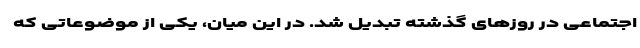
اجتماعی در روزهای گذشته تبدیل شد. در این میان، یکی از موضوعاتی که